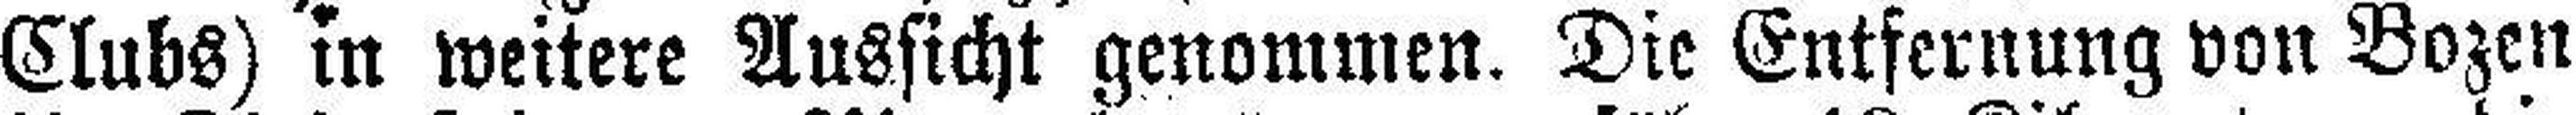
Clubs) in weitere Aussicht genommen. Die Entfernung von Bozen